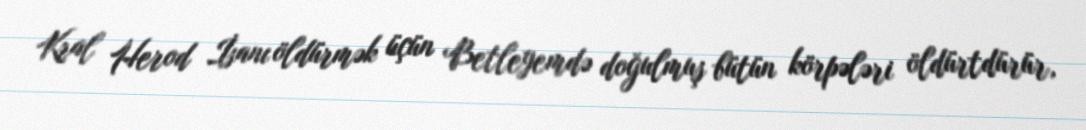
Kral Herod İsanı öldürmək üçün Betleyemdə doğulmuş bütün körpələri öldürtdürür,